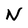
Character: N